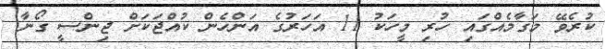
ކުރެވޭ މަގާމެއްގައި ހުރި މީހަކު 11 އަހަރުގެ އަންހެން ކުއްޖަކަށް ޖިންސީ ގޯނާ